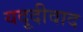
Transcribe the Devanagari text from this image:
यदूदीवाद